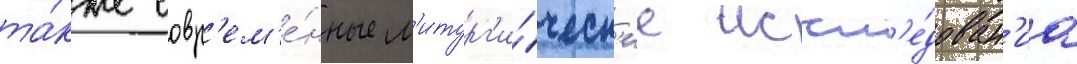
та́кже совр'ем'е́нные л'итург'и́ческ'ие иссл'е́дован'иа